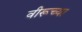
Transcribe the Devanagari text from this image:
वीरूच्या